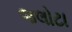
જલોટા